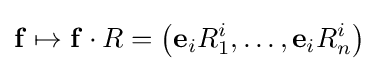
\mathbf {f} \mapsto \mathbf {f} \cdot R=\left(\mathbf {e} _{i}R_{1}^{i},\dots ,\mathbf {e} _{i}R_{n}^{i}\right)